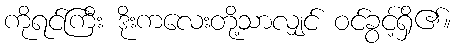
ကိုရင်ကြီး ဒိုးကလေးတို့သာလျှင် ဝင်ခွင့်ရှိ၏။